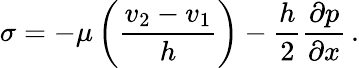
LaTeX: \sigma=-\mu\left(\frac{v_{2}-v_{1}}{h}\right)-\frac{h}{2}\frac{\partial p}{\partial x}\, .